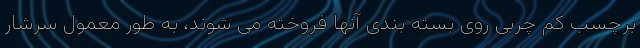
برچسب کم چربی روی بسته بندی آنها فروخته می شوند، به طور معمول سرشار